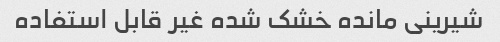
شیرینی مانده خشک شده غیر قابل استفاده